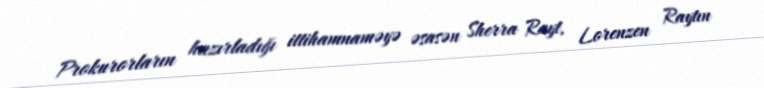
Prokurorların hazırladığı ittihamnaməyə əsasən Sherra Rayt, Lorenzen Raytın